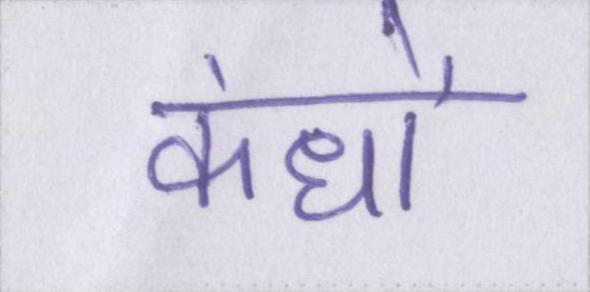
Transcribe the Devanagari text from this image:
कंधों